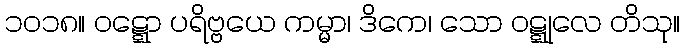
၁၀၁၈။ ဝဋ္ဋော ပရိဗ္ဗယေ ကမ္မာ၊ ဒိကေ၊ သော ဝဋ္ဋုလေ တိသု။